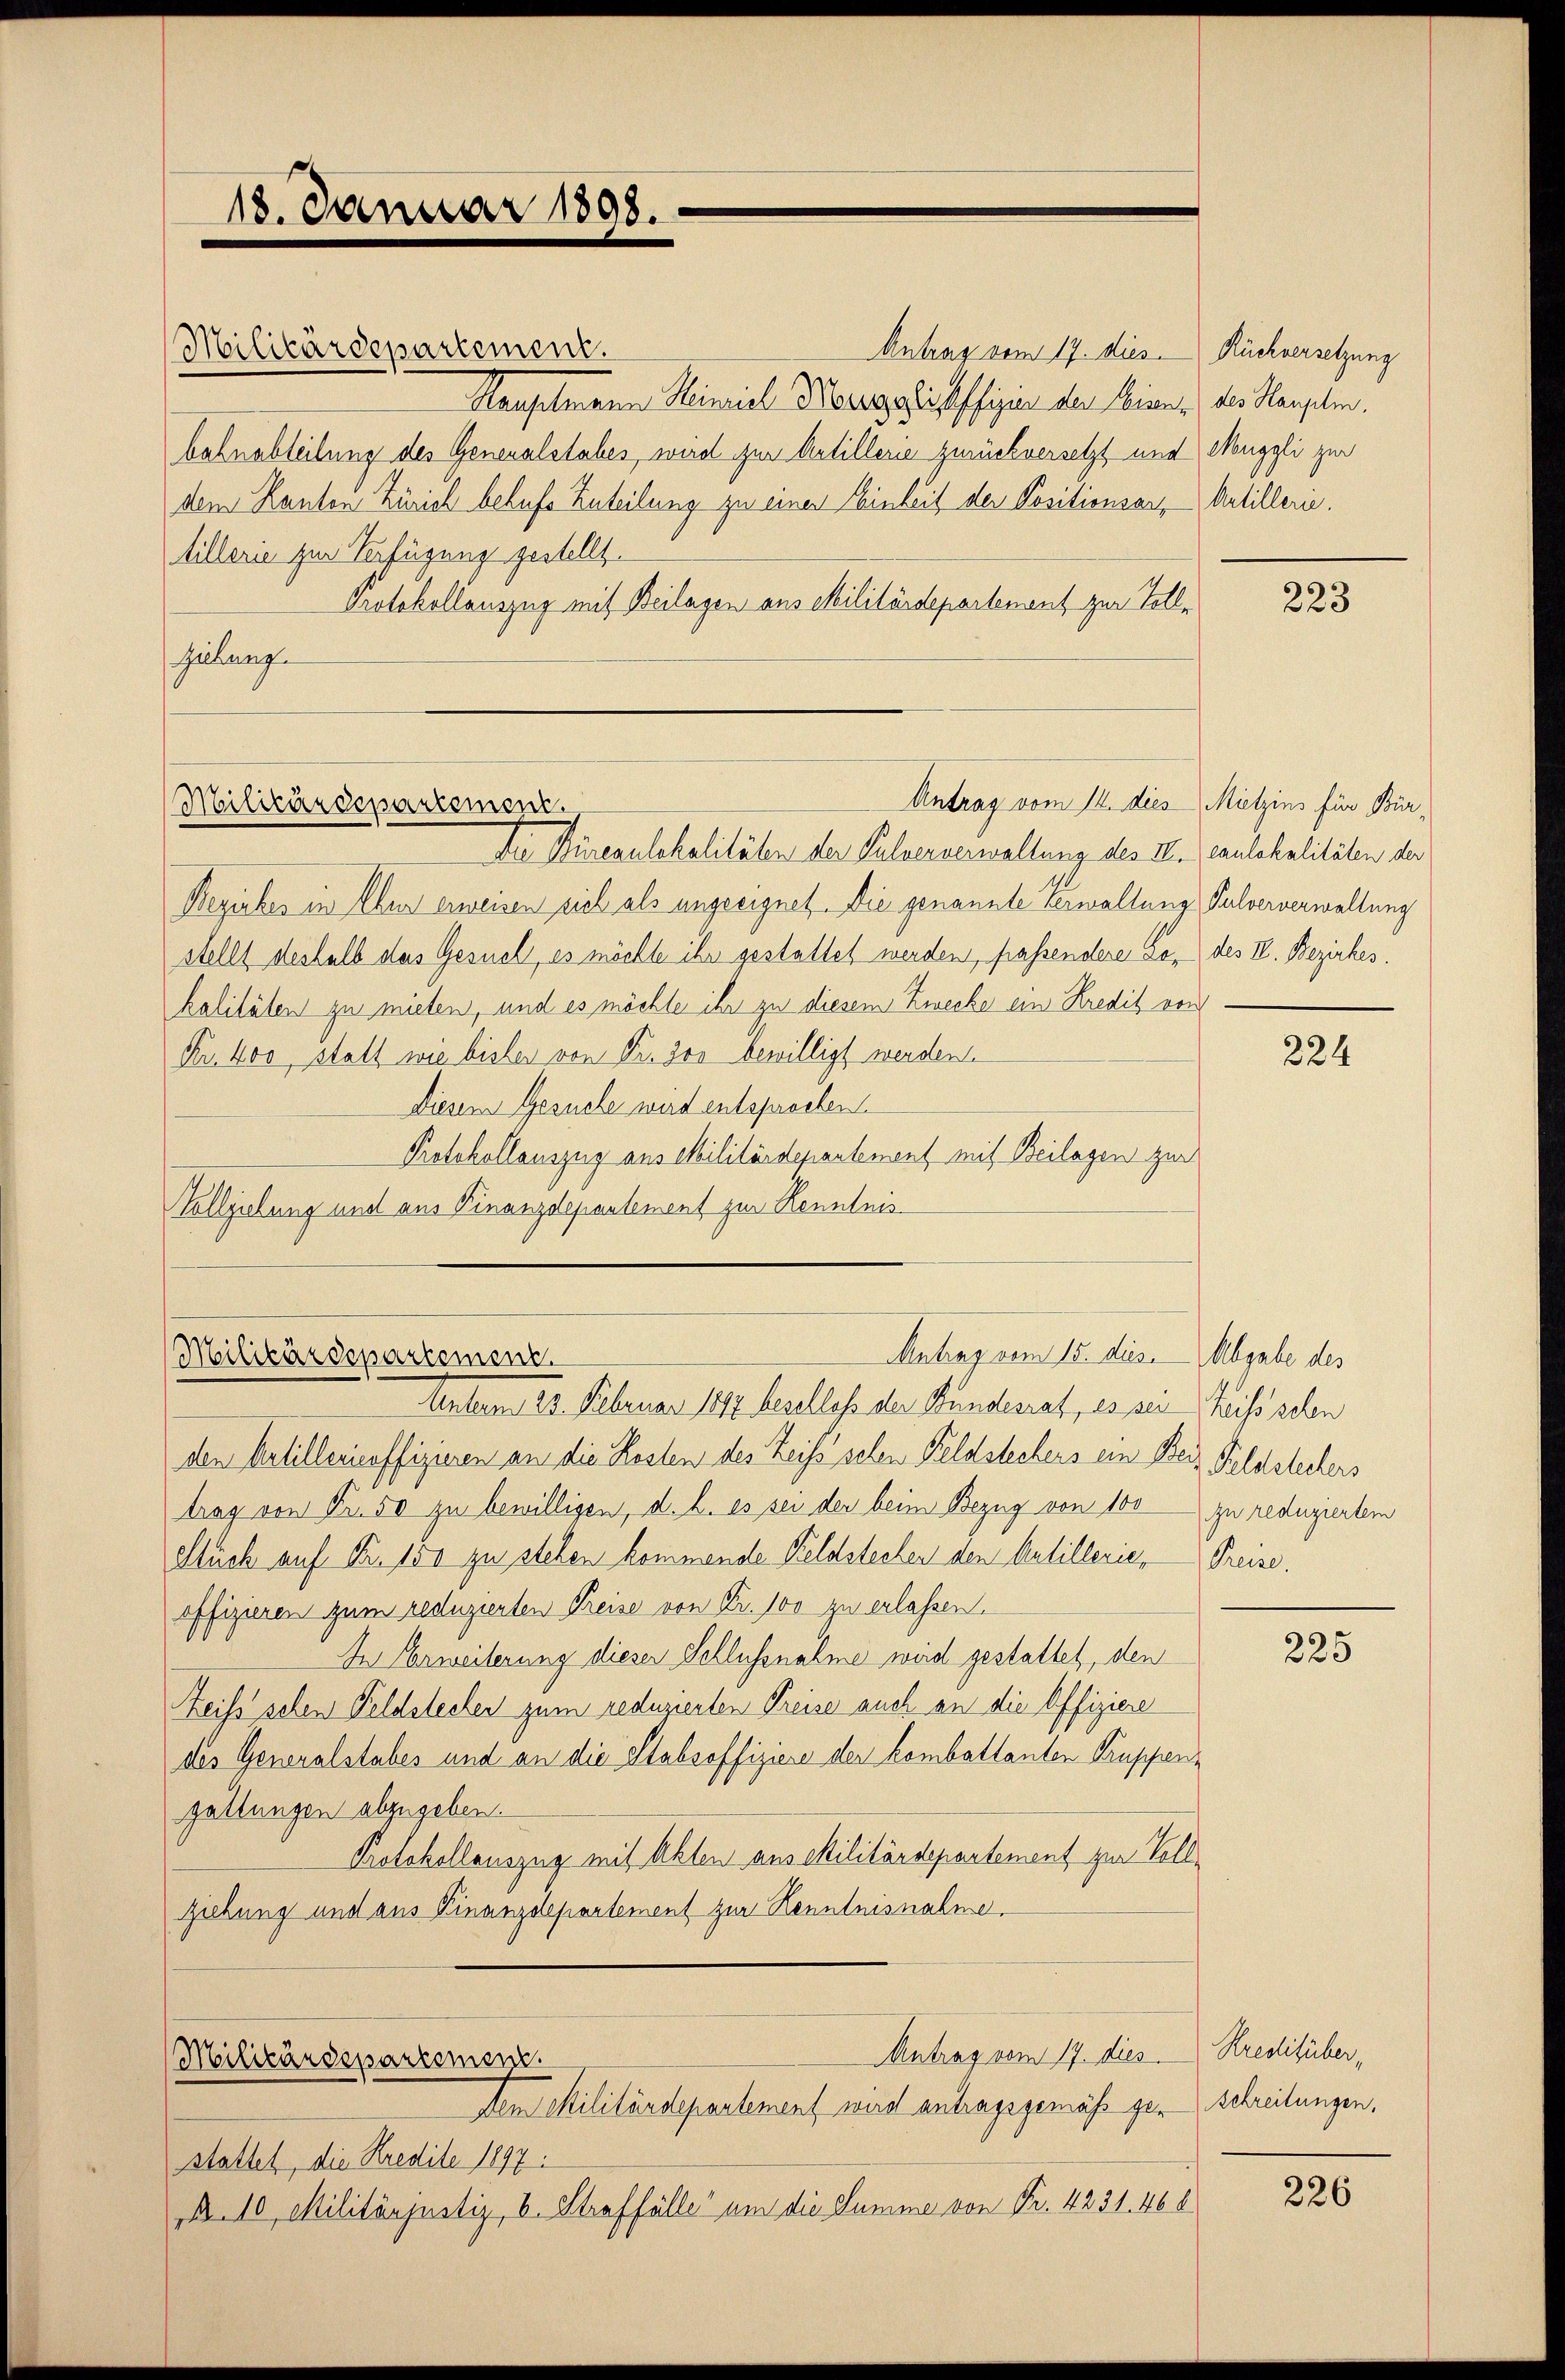
Antrag vom 17. dies
Hauselmann Heinrich Oberg gleichsfizien der Sinne, des Hauptm.
bahnabteilung des Generalstabes, wird zur Artillerie zurückversetzt und
dem Kanton Zürich behufs Zuteilung zu einer Einheit der Positionsart, Artillerie.
tillerie zur Verfügung gestellt.
Protokollauszug mit Beilagen aus Militärdepartenant zur Toll¬
Zeichung

Militärdepartement.

18. Januar 1808.

Die Büreaulokalitäten der Pulververwaltung des II. (caulokalitäten der
Bezirkes in Aber erweisen sich als ungeeignet. Die genannte Verwaltung Pulververwaltung
stellt deshalb das Gesuch, es möchte ihr gestattet werden, fassendere Lo- des II. Bezirkes.
kalitäten zu mieten, und es möchte ihr zu diesem Zwecke ein Kredit von
Fr. 400 statt wie bisher von Fr. 300 bewilligt werden.
Diesem Gesuche wird entsprochen.
Protokollauszug aus Militärdepartement mit Beilagen zur
Vollziehung und aus Finanzdepartement zur Kenntnis¬

den Artillericoffiziren an die Kosten des Zeiss sehen Feldstechens ein Bei Feldsteckers
trag von Fr. 50 zu bewilligen, d. h. es sei der beim Bezug von 100 zu reduziertem
eluch auf Nr. 150 zu stehen kommende Feldstechen den Antillerie, Preise.
offizieren zum reduzierten Preise von Fr. 100 zu erlassen.
In Erweiterung dieser Schlussnahme wird gestattet, den
Zeis schen Feldstecher zum reduzierten Preise auch an die Offiziere
des Generalstabes und an die Stabsoffiziere der kombattanten Truppengattungen abzugeben.
Protokollauszug mit Akten aus Militärdepartement zur Voll¬
Ziehung und aus Finanzdepartement zur Kenntnisnahme,

Antrag vom 14. dies Mitzins für Bür¬
Militärdepartement.

Antrag vom 15. dies. Abgabe des
Militärdepartement.
Unterm 20. Februar 182 beselles der Bundesrat, es sei eis sehen

Antrag vom 17. dies
Militärdepartement.
den Militärdepartement wird antragsgemäß geschreibungen.

stattet, die Kredite 1897.
Nr. 10 Militärjustiz, B. Straffälle um die Summe von Nr. 4231. 468

Rüchversetzung
Muggli zur

s
223

224

225

Kreditüber,

226